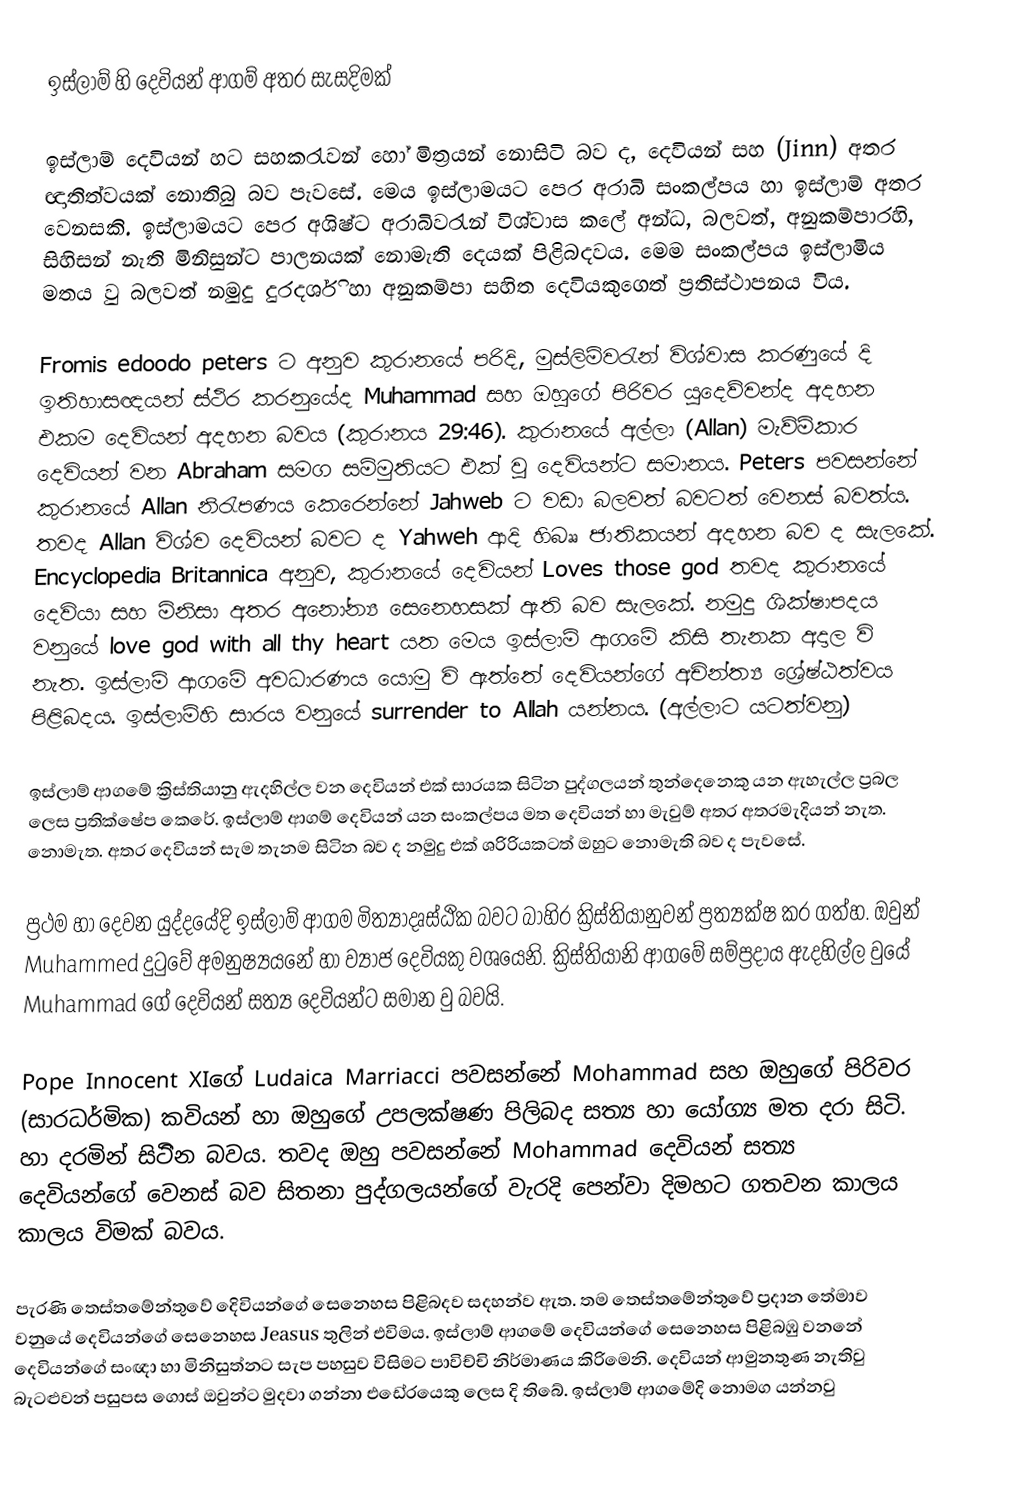
ඉස්ලාම් හි දෙවියන් ආගම් අතර සැසදිමක්

	ඉස්ලාම් දෙවියන් හට සහකරැවන් හෝ මිත්‍රයන් නොසිටි බව ද, දෙවියන් සහ (Jinn) අතර ඥාතිත්වයක් නොතිබු බව පැවසේ. මෙය ඉස්ලාමයට පෙර අරාබි සංකල්පය හා ඉස්ලාම් අතර වෙනසකි. ඉස්ලාමයට පෙර අශිෂ්ට ‍අරාබිවරැන් විශ්වාස කලේ අන්ධ, බලවත්, අනුකම්පාරහි, සිහිසන් නැති මිනිසුන්ට පාලනයක් නොමැති දෙයක් පිළිබදවය. මෙම සංකල්පය ඉස්ලාමිය මතය වු බලවත් නමුදු දුරදර්ශි හා අනුකම්පා සහිත දෙවියකුගෙත් ප්‍රතිස්ථාපනය විය.

Fromis edoodo peters ට අනුව කුරානයේ පරිදි, මුස්ලිම්වරැන් විශ්වාස කරණුයේ දි ඉතිහාසඥයන් ස්ථිර කරනුයේද  Muhammad සහ ඔහුගේ පිරිවර යුදෙව්වන්ද අදහන එකම දෙවියන් අදහන ‍බවය (කුරානය 29:46). කුරානයේ අල්ලා (Allan) මැව්ම්කාර දෙවියන් වන  Abraham සමග සම්මුතියට එක් වු දෙවියන්ට සමානය.  Peters පවසන්නේ කුරානයේ  Allan නිරැපණය කෙරෙන්නේ  Jahweb ට වඩා බලවත් බවටත් වෙනස් බවත්ය. තවද Allan විශ්ව දෙවියන් බවට ද Yahweh  ආදි හිබෲ ජාතිකයන් අදහන බව ද සැලක‍ේ. Encyclopedia Britannica  අනුව, කුරානයේ දෙවියන් Loves those god  තවද කුරානයේ දෙවියා සහ මිනිසා අතර අනෝන්‍ය සෙනෙහසක් ඇති බව සැලකේ. නමුදු  ශික්ෂාපදය වනුයේ love god with all thy heart යත මෙය ඉස්ලාම් ආගමේ කිසි තැනක අදාල වි නැත. ඉස්ලාම් ආගමේ අවධාරණය යොමු වි ඇත්තේ දෙවියන්ගේ අචින්ත්‍ය ශ්‍රේෂ්ඨත්වය පිළිබදය. ඉස්ලාම්හි සාරය වනුයේ surrender to Allah යන්නය. (අල්ලාට යටත්වනු)

ඉස්ලාම් ආගමේ ක්‍රිස්තියානු ඇදහිල්ල වන දෙවියන් එක් සාරයක සිටින පුද්ගලයන් තුන්දෙනෙකු යන ඇහැල්ල ප්‍රබල ලෙස ප්‍රතික්ෂේප කෙරේ. ඉස්ලාම් ආගම් දෙවියන් යන සංකල්පය මත දෙවියන් හා මැවුම් අතර අතරමැදියන් නැත. නොමැත. අතර දෙවියන් සැම තැනම සිටින බව ද නමුදු එක් ශරිරියකටත් ඔහුට නොමැති බව ද පැවසේ.

ප්‍රථම හා දෙවන යුද්දයේදි ඉස්ලාම් ආගම මිත්‍යාදෘස්ඨික බවට බාහිර ක්‍රිස්තියානුවන් ප්‍රත්‍යක්ෂ කර ගත්හ. ඔවුන්   Muhammed දුටුවේ අමනුෂ්‍යයනේ හා ව්‍යාජ දෙවියකු වශයෙනි. ක්‍රිස්තියානි ආගමේ සම්ප්‍රදාය ඇදහිල්ල වුයේ Muhammad ගේ දෙවියන් සත්‍ය දෙවියන්ට සමාන වු බවයි.

 Pope Innocent XIගේ  Ludaica Marriacci පවසන්නේ Mohammad සහ ඔහුගේ පිරිවර (සාරධර්මික) කවියන් හා ඔහුගේ උපලක්ෂණ පිලිබද සත්‍ය හා ‍යෝග්‍ය මත දරා සිටි. හා දරමින් සිටිින බවය. තවද ඔහු පවසන්නේ  Mohammad දෙවියන් සත්‍ය දෙවියන්ගේ වෙනස් බව සිතනා පුද්ගලයන්ගේ වැරදි පෙන්වා දිමහට ගතවන කාලය කාලය විමක් බවය.

පැරණි තෙස්තමේන්තුවේ දෙිවියන්ගේ සෙනෙහස පිළිබදව සදහන්ව ඇත. තම තෙස්තමේන්තුවේ ප්‍රදාන තේමාව වනුයේ දෙවියන්ගේ සෙනෙහස Jeasus තුලින් එවිමය. ඉස්ලාම් ආගමේ දෙවියන්ගේ සෙනෙහස පිළිබඹු වනනේ දෙවියන්ගේ සංඥා හා මිනිසුත්නට සැප පහසුව විසිමට පාවිච්චි නිර්මාණය කිරිමෙනි.  දෙවියන් ආමුනතුණ නැතිවු බැටළුවන් පසුපස ගොස් ඔවුන්ට මුදවා ගන්නා එඩෙ‍්රයෙකු ලෙස දි තිබේ. ඉස්ලාම් ආගමේදි නොමග යන්නවු